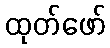
ထုတ်ဖော်